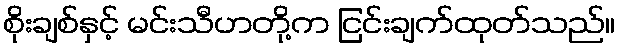
စိုးချစ်နှင့် မင်းသီဟတို့က ငြင်းချက်ထုတ်သည်။